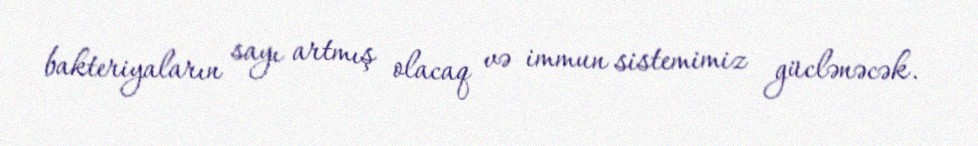
bakteriyaların sayı artmış olacaq və immun sistemimiz güclənəcək.